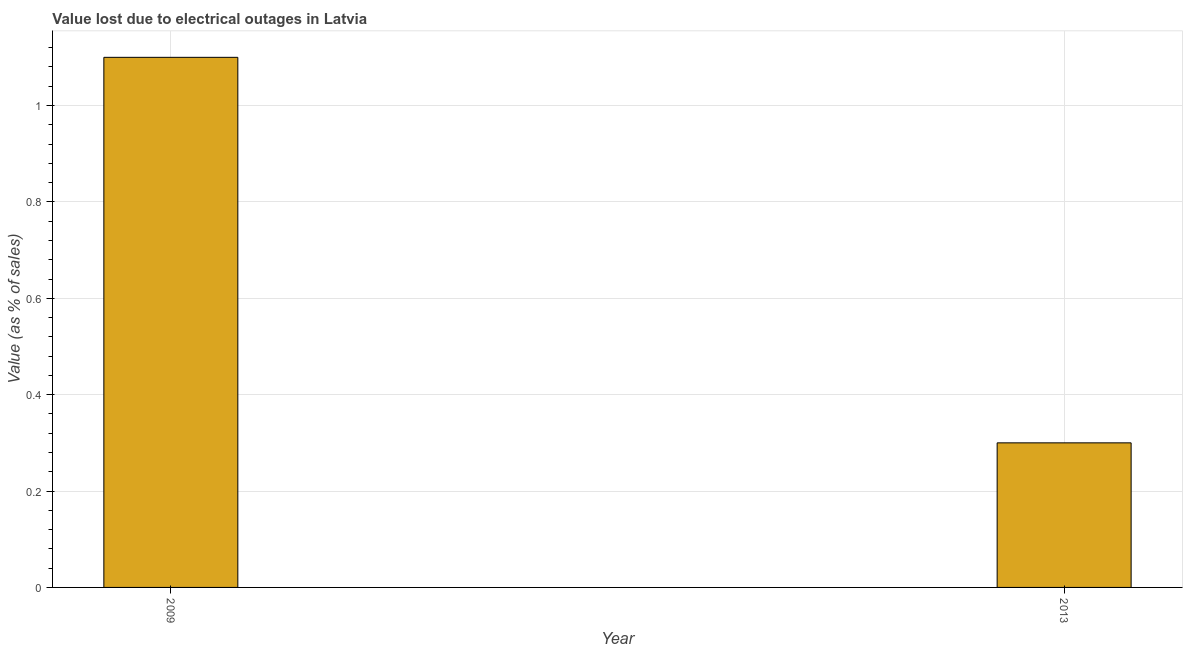
| Year | Value lost due to electrical outages |
 | --- | --- |
 | 2009 | 1.1 |
 | 2013 | 0.3 |